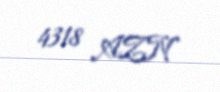
4318 AZN